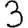
Digit: 3